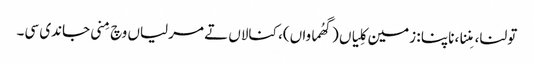
تولنا، مِننا، ناپنا : زمین کِلیاں (گھُماواں)، کنالاں تے مرلیاں وچ مِنی جاندی سی۔